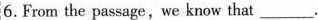
6. From the passage,we know that ___.